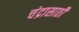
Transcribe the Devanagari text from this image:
चंद्रासाठी